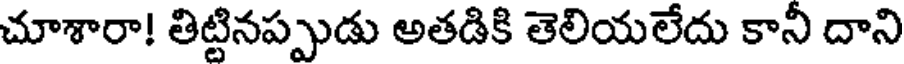
చూశారా! తిట్టినప్పుడు అతడికి తెలియలేదు కానీ దాని